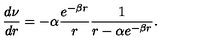
\frac { d \nu } { d r } = - \alpha \frac { e ^ { - \beta r } } { r } \frac { 1 } { r - \alpha e ^ { - \beta r } } .